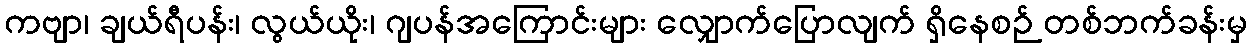
ကဗျာ၊ ချယ်ရီပန်း၊ လွယ်ယိုး၊ ဂျပန်အကြောင်းများ လျှောက်ပြောလျက် ရှိနေစဉ် တစ်ဘက်ခန်းမှ